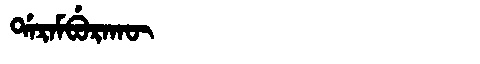
Manchu: ᡩᠠᡵᠠᠮᠪᡠᡵᠠᡴᡡ
Romanization: DARAMBURAKŪ